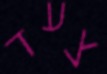
צעד